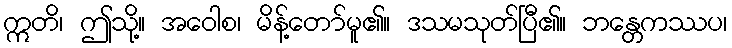
ဣတိ၊ ဤသို့။ အဝေါစ၊ မိန့်တော်မူ၏။ ဒသမသုတ်ပြီ၏။ ဘန္တေကဿပ၊